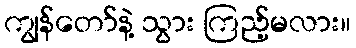
ကျွန်တော်နဲ့ သွား ကြည့်မလား။